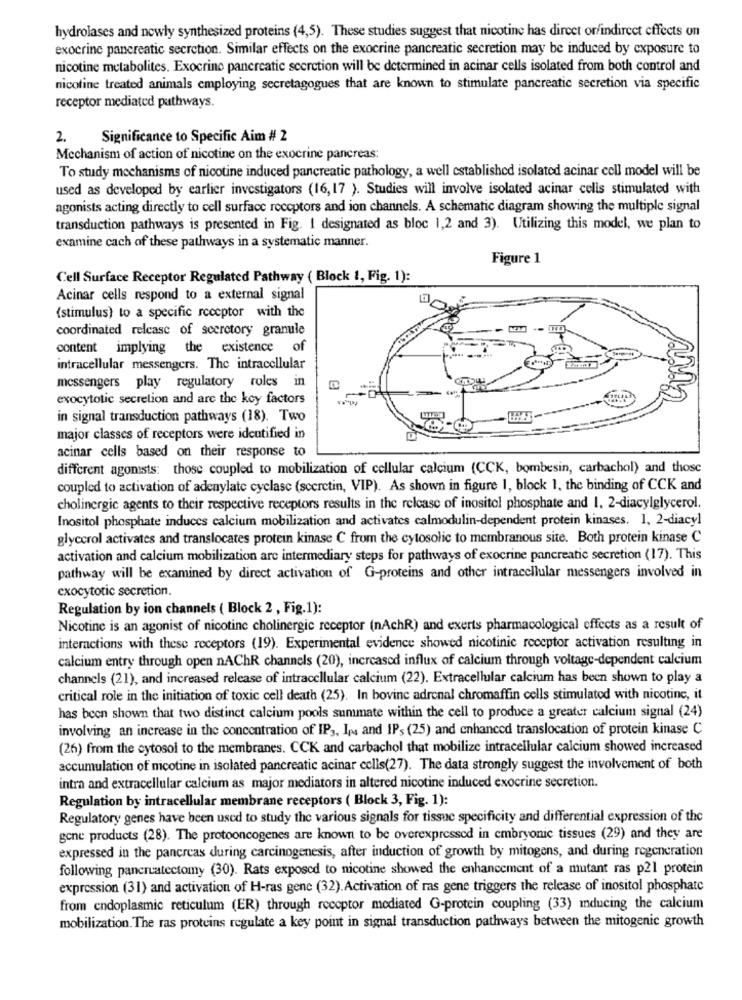
hydrolases and nowly synthesized proteins (4,5). These studies suggest that nicotine has dircet or/indirect effects on
exocrine pancreatic secretion. Similar effects on the exocrine pancreatic secretion may be induced by exposure to
nicotine metabolites. Exocrine pancreatic secretion will be determined in acinar cells isolated from both control and
nicoline treated animals employing secretagogues that are known to stimulate pancreatic secretion via specific
receptor mediated pathways.
2.
Significance to Specific Aim # 2
Mechanism of action of nicotine on the exocrine pancreas:
To study mechanisms of nicotine induced pancreatic pathology, a well established isolated acinar cell model will be
used as developed by earlier investigators (16,17 ). Studies will involve isolated acinar cells stimulated with
agonists acting directly to cell surface receptors and ion channels. A schematic diagram showing the multiple signal
transduction pathways is presented in Fig. I designated as bloc 1,2 and 3). Utilizing this model, we plan to
examine cach of these pathways in a systematic manner.
Figure 1
Cell Surface Receptor Regulated Pathway ( Block 1, Fig. 1):
Acinar cells respond to a external signal
{stimulus) to a specific receptor with the
coordinated release of scerctory granule
content implying the existence of
intracellular messengers. The intracellular
messengers play regulatory roles in
exocytotic secrelion and are the key factors
in signal transduction pathways (18). Two
major classes of receptors were identified in
acinar cells based on their response to
different agonists: those coupled to mobilization of cellular calcium (CCK, bombesin, carbachol) and those
coupled to activation of adenylate cyclase (sceretin, VIP). As shown in figure 1, block 1. the binding of CCK and
cholinergic agents to their respective receptors results in the release of inositol phosphate and 1, 2-diacylglycerol.
Inositol phosphate induces calcium mobilization and activates calmodulin-dependent protein kinases. 1, 2-diacyl
glycerol activates and translocates protein kinase C from the cytosolic to membranous site. Both protein kinase C
activation and calcium mobilization are intermediary steps for pathways of exocrine pancreatic secretion (17). This
pathway will be examined by direct activation of G-proteins and other intracellular messengers involved in
exocytotic secretion.
Regulation by ion channels ( Block 2 , Fig.1):
Nicotine is an agonist of nicotine cholinergic receptor (nAchR) and exerts pharmacological effects as a result of
interactions with these receptors (19). Experimental evidence showed nicotinic receptor activation resulting in
calcium entry through open nAChR channels (20), increased influx of calcium through voltage-dependent calcium
channels (21), and increased release of intracellular calcium (22). Extracellular calcium has been shown to play a
critical role in the initiation of toxic cell death (25). In bovine adrenal chromaffin cells stimulated with nicotine, it
has been shown that two distinct calcium pools summate within the cell to produce a greater calcium signal (24)
involving an increase in the concentration of IP3, Ips and IPs (25) and enhanced translocation of protein kinase C
(26) from the cytosol to the membranes. CCK and carbachol that mobilize intracellular calcium showed increased
accumulation of nicotine in isolated pancreatic acinar cells(27). The data strongly suggest the involvement of both
intra and extracellular calcium as major mediators in altered nicotine induced exocrine secretion.
Regulation by intracellular membrane receptors ( Block 3, Fig. 1):
Regulatory genes have been used to study the various signals for tissue specificity and differential expression of the
gone products (28). The protooncogenes are known to be overexpressed in embryonic tissues (29) and they are
expressed in the pancreas during carcinogenesis, after induction of growth by mitogens, and during regeneration
following pancreatectomy (30). Rats exposed to nicotine showed the enhancement of a mutant ras p21 protein
expression (31) and activation of H-ras gene (32). Activation of ras gene triggers the release of inositol phosphate
from endoplasmic reticulum (ER) through receptor mediated G-protein coupling (33) mducing the calcium
mobilization. The ras proteins regulate a key point in signal transduction pathways between the mitogenic growth